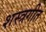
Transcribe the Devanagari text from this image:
शस्त्रगीत